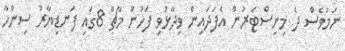
ނަމަވެސް ދެ މިނިސްޓަރުން އެފަދައިން ވިދާޅުވި ފަހުން މާޗް 8ގައި ފަނޑިޔާރު ސިންހާ